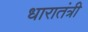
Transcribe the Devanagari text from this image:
धारातंत्री